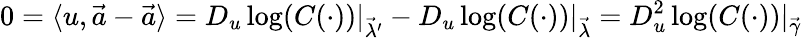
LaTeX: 0=\langle u,{\vec{a}}-{\vec{a}}\rangle=D_{u}\log(C(\cdot))\vert_{{\vec{\lambda}}^{\prime}}-D_{u}\log(C(\cdot))\vert_{\vec{\lambda}}=D_{u}^{2}\log(C(\cdot))\vert_{\vec{\gamma}}